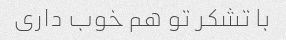
با تشکر تو هم خوب داری